Civil Veterinary Dept. Assam report 1911-1927 - 1911-1927
Year: 1911
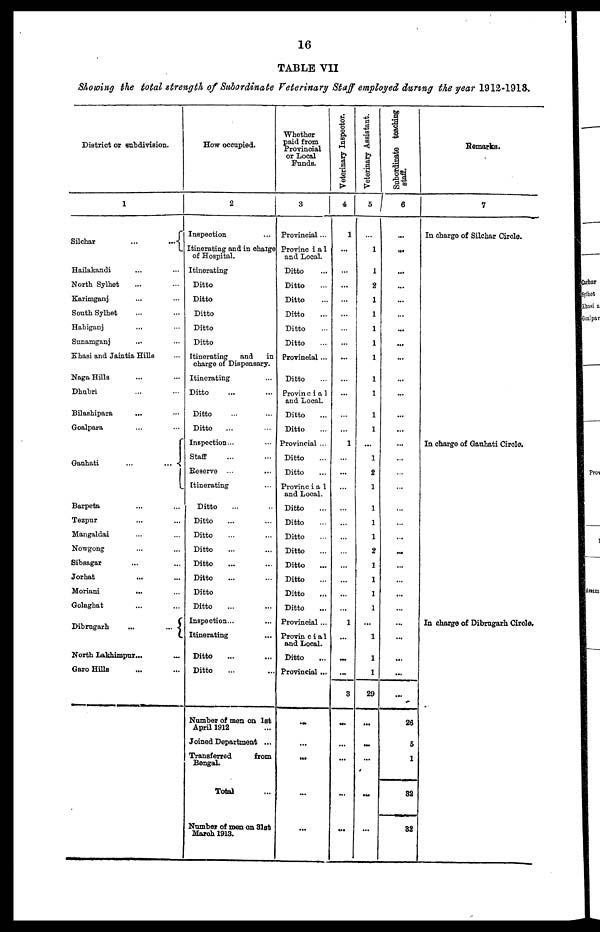
16
TABLE VII
Showing the total strength of Subordinate Veterinary Staff employed during the year 1912-1913.
District or subdivision.
1
Silchar
...
...
Hailakandi ... ...
North Sylhet ... ...
Karimganj ... ...
South Sylhet ... ...
Habiganj ... ...
Sunamganj ... ...
Khasi and Jaintia Hills ...
Naga Hills ... ...
Dhubri ... ...
Bilashipara ... ...
Goalpara ... ...
Ganhati
...
...
Barpeta ... ...
Tezpnr ... ...
Mangaldai ... ...
Nowgong ... ...
Sibsagar ... ...
Jorhat ... ...
Moriani
...
...
Golaghat ... ...
Dibrugarh
...
...
North Lakhimpur ...
...
Garo Hills ... ...
How occupied.
2
Inspection
Itinerating and in charge
of Hospital.
Itinerating
Ditto
Ditto
Ditto
Ditto
Ditto
Itinerating
and
in
charge of Dispensary.
Itinerating ...
Ditto … …
Ditto … …
Ditto … …
Inspection... ...
Staff … …
Reserve ... ...
Itinerating ...
Ditto… …
Ditto… …
Ditto … …
Ditto… …
Ditto… …
Ditto… …
Ditto
Ditto… …
Inspection... ...
Itinerating …
Ditto ... ...
Ditto ... ...
Number of men on 1st
April 1912
Joined Department ...
Transferred
from
Bengal.
Total
Number of men on 31st
March 1913.
Whether
paid from
Provincial
or Local
Funds.
3
Provincial ...
Provincial
and Local.
Ditto ..
Ditto ...
Ditto ...
Ditto ...
Ditto ...
Ditto ...
Provincial ...
Ditto ...
Provincial
and Local.
Ditto...
Ditto...
Provincial ...
Ditto...
Ditto...
Provinc i a 1
and Local.
Ditto...
Ditto...
Ditto...
Ditto...
Ditto...
Ditto...
Ditto ...
Ditto ...
Provincial ...
Provin cial
and Local.
Ditto ...
Provincial ...
...
HI
...
Veterinary Inspector.
4
1
...
...
...
...
...
...
...
...
...
...
...
...
1
...
…
…
…
…
…
…
…
...
...
1
…
...
...
3
...
...
Veterinary Assistant.
5
...
1
1
2
1
1
1
1
1
1
1
1
...
1
2
1
1
1
1
2
1
1
1
1
...
1
1
1
29
...
...
Subordinate teaching
staff.
6
...
...
...
...
...
...
...
...
...
...
...
...
...
....
...
…
…
…
…
…
...
...
...
...
…
...
...
...
...
...
26
5
1
32
32
Remarks.
7
In charge of Silchar Circle.
In charge of Gauhati Circle.
In charge of Dibrugarh Circle.